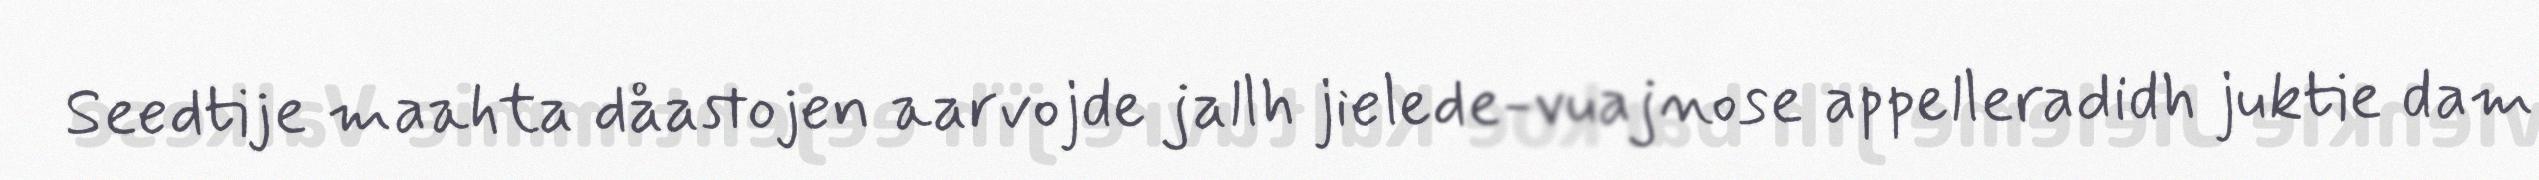
Seedtije maahta dåastojen aarvojde jallh jielede-vuajnose appelleradidh juktie dam